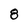
Character: 8